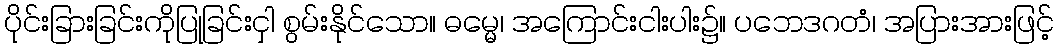
ပိုင်းခြားခြင်းကိုပြုခြင်းငှါ စွမ်းနိုင်သော။ ဓမ္မေ၊ အကြောင်းငါးပါး၌။ ပဘေဒဂတံ၊ အပြားအားဖြင့်